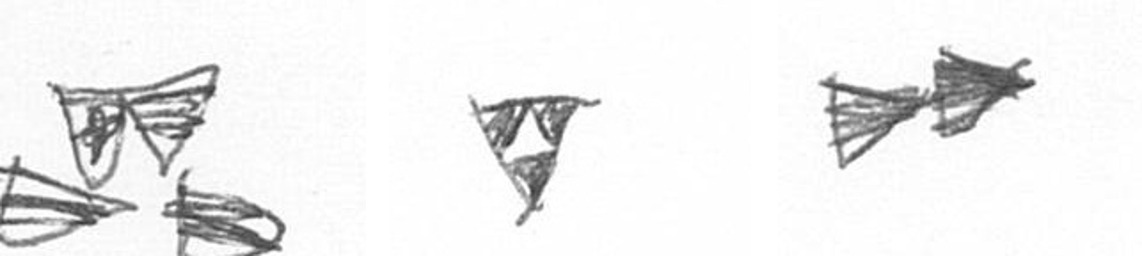
B S A